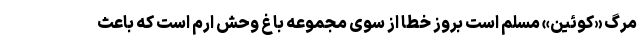
مرگ «کوئین» مسلم است بروز خطا از سوی مجموعه باغ وحش ارم است که باعث